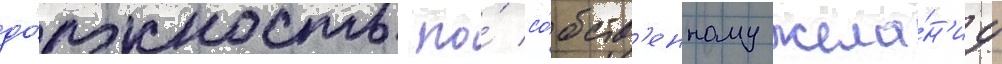
до́лжность по́ со́бств'енному жела́н'иу